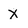
Character: X